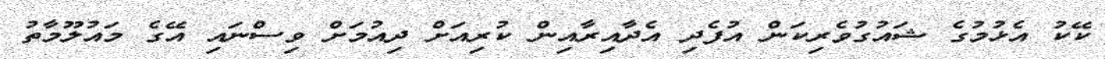
ކޭކު އެޅުމުގެ ޝައުގުވެރިކަން އުފެދި އެދާއިރާއިން ކުރިއަށް ދިއުމަށް ވިސްނައި އޭގެ މައުލޫމާތު